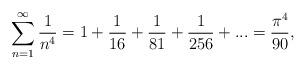
LaTeX: \begin{align*} \sum^\infty_{n=1}\frac{1}{n^4}=1+\frac{1}{16}+\frac{1}{81}+\frac{1}{256}+...=\frac{\pi^4}{90},\end{align*}